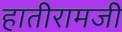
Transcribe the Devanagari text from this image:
हातीरामजी